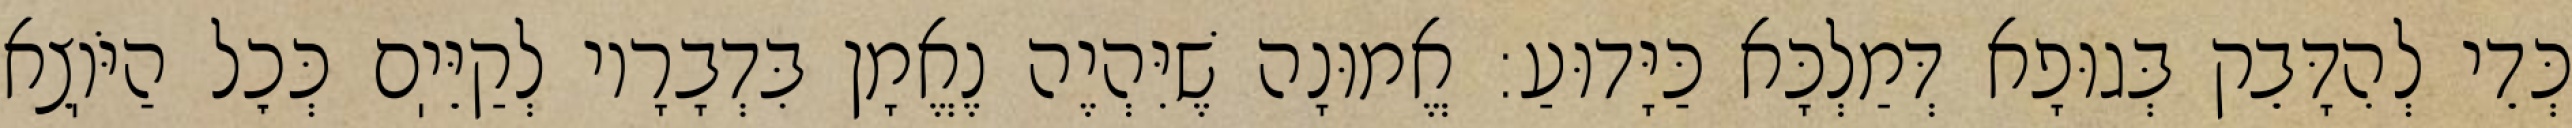
כְּדֵי לְהִדָּבֵק בְּגוּפָא דְּמַלְכָּא כַּיָּדוּעַ: אֱמוּנָה שֶׁיִּהְיֶה נֶאֱמָן בִּדְבָרָיו לְקַיֵּיֽם כְּכׇל הַיֹּוֽצֵא